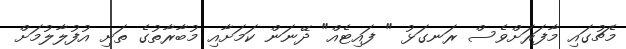
މެޗުގައި މާފަރަށްވެސް ރަނގަޅު " ފައިޓެއް" ދޭނަން ކަމަށާއި މުބާރާތުގެ ތަށި އުފުލާލުމަށް